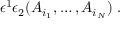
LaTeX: \epsilon ^ { 1 } \epsilon _ { 2 } ( A _ { i _ { 1 } } , \dots , A _ { i _ { N } } ) \ .